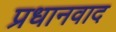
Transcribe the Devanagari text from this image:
प्रधानवाद